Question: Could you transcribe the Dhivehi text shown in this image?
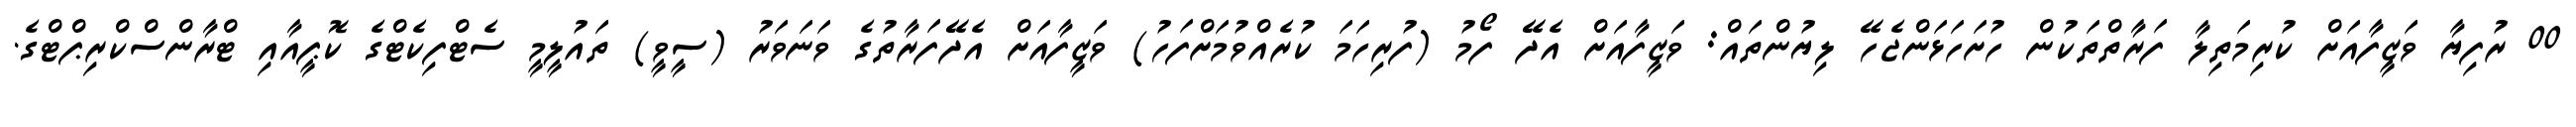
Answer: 00 ރުފިޔާ ވަޒީފާއަށް ކުރިމަތިލާ ފަރާތްތަކުން ހުށަހަޅަންޖެހޭ ލިޔުންތައް: ވަޒީފާއަށް އެދޭ ފޯމު (ފުރިހަމަ ކުރެއްވުމަށްފަހު) ވަޒީފާއަށް އެދޭފަރާތުގެ ވަނަވަރު (ސީވީ) ތައުލީމީ ސެޓްފިކެޓްގެ ކޮޕީއާއި ޓްރާންސްކްރިޕްޓްގެ.